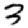
Digit: 3